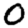
Digit: 0